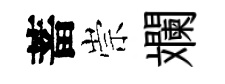
蓄崇斕